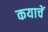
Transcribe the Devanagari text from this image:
कयाचें